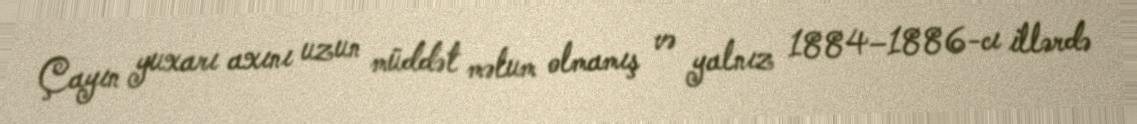
Çayın yuxarı axını uzun müddət məlum olmamış və yalnız 1884–1886-cı illərdə